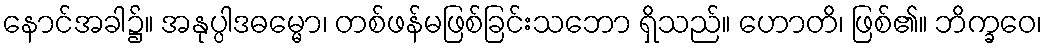
နောင်အခါ၌။ အနုပ္ပါဒဓမ္မော၊ တစ်ဖန်မဖြစ်ခြင်းသဘော ရှိသည်။ ဟောတိ၊ ဖြစ်၏။ ဘိက္ခဝေ၊